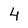
Character: 4